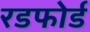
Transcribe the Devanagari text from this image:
रडफोर्ड